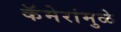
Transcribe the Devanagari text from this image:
कॅमेरांमुळे